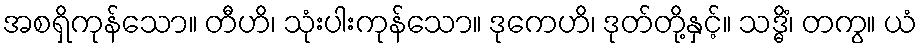
အစရှိကုန်သော။ တီဟိ၊ သုံးပါးကုန်သော။ ဒုကေဟိ၊ ဒုတ်တို့နှင့်။ သဒ္ဓိံ၊ တကွ။ ယံ